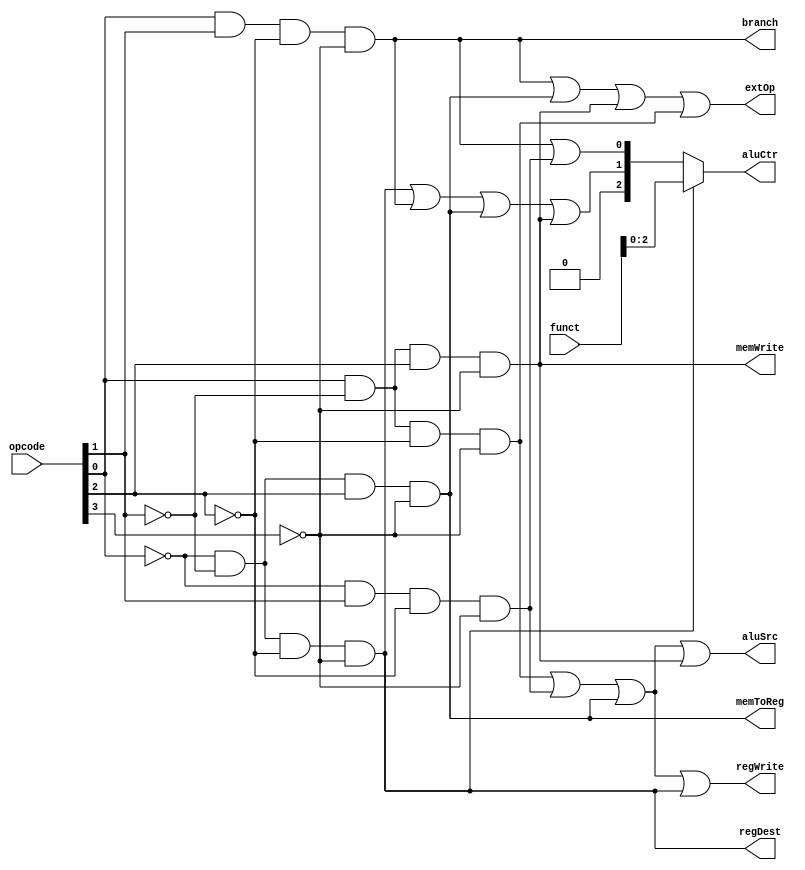
`timescale 1ns / 1ps

module ControlUnit(opcode, funct, regDest, aluSrc, memToReg, regWrite, memWrite, branch, extOp, aluCtr);

	 input[3:0] opcode;
	 input[3:0] funct;
	 output reg regDest, aluSrc, memToReg, regWrite, memWrite, branch, extOp;
	 output reg[2:0] aluCtr;
	 
	 reg op0, op1, op2, op3;
	 reg rType, andI, orI, bnq, lw, sw;
	 reg[2:0] aluOp;
	 
	 always @(*)
		begin
		 {op3, op2, op1, op0} = opcode;
		 
		 rType = ~op0 & ~op1 & ~op2 & ~op3;
		 andI = op0 & ~op1 & ~op2 & ~op3;
		 orI = ~op0 & op1 & ~op2 & ~op3;
		 bnq = op0 & op1 & ~op2 & ~op3;
		 lw = ~op0 & ~op1 & op2 & ~op3;
		 sw = op0 & ~op1 & op2 & ~op3;
		 
		 regDest = rType;
		 aluSrc = andI | orI | lw | sw;
		 memToReg = lw;
		 regWrite = andI | orI | lw | rType;
		 memWrite = sw;
		 branch = bnq;
		 extOp = bnq | lw | sw | andI;
		 
		 aluOp[2] = rType;
		 aluOp[1] = rType | bnq | lw | sw;
		 aluOp[0] = bnq | orI;
		 
		 if(rType == 1)
			aluCtr[2:0] = funct[2:0];
		 else
			aluCtr = aluOp;
			
		 end


endmodule